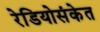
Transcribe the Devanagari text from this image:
रेडियोसंकेत